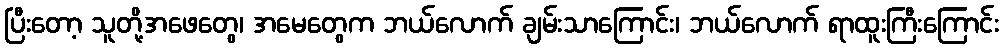
ပြီးတော့ သူတို့အဖေတွေ၊ အမေတွေက ဘယ်လောက် ချမ်းသာကြောင်း၊ ဘယ်လောက် ရာထူးကြီးကြောင်း